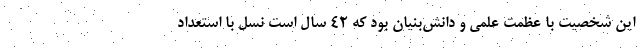
این شخصیت با عظمت علمی و دانش‌بنیان بود که ۴۲ سال است نسل با استعداد